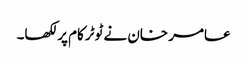
عامر خان نے ٹوٹرکام پر لکھا۔